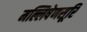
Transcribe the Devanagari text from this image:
मल्लिषेणसूरि